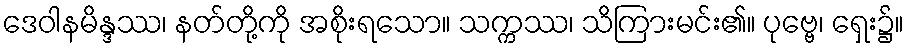
ဒေဝါနမိန္ဒဿ၊ နတ်တို့ကို အစိုးရသော။ သက္ကဿ၊ သိကြားမင်း၏။ ပုဗ္ဗေ၊ ရှေး၌။